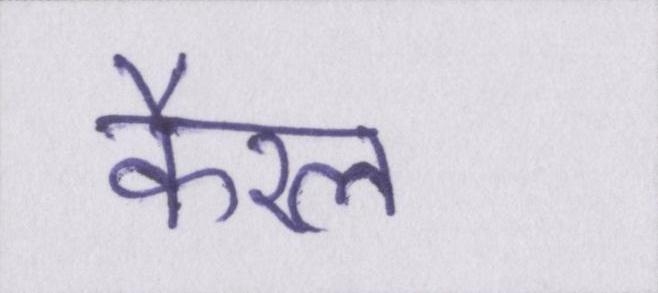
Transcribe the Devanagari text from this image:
कैरल